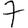
Digit: 7